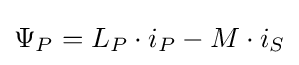
\Psi _{P}=L_{P}\cdot i_{P}-M\cdot i_{S}